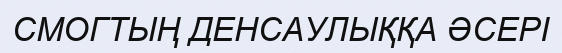
СМОГТЫҢ ДЕНСАУЛЫҚҚА ӘСЕРІ